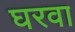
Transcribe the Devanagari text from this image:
घरवा